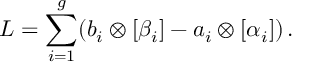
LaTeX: L = \sum _ { i = 1 } ^ { g } ( b _ { i } \otimes [ \beta _ { i } ] - a _ { i } \otimes [ \alpha _ { i } ] ) \, .